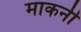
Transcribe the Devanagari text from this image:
माकनी